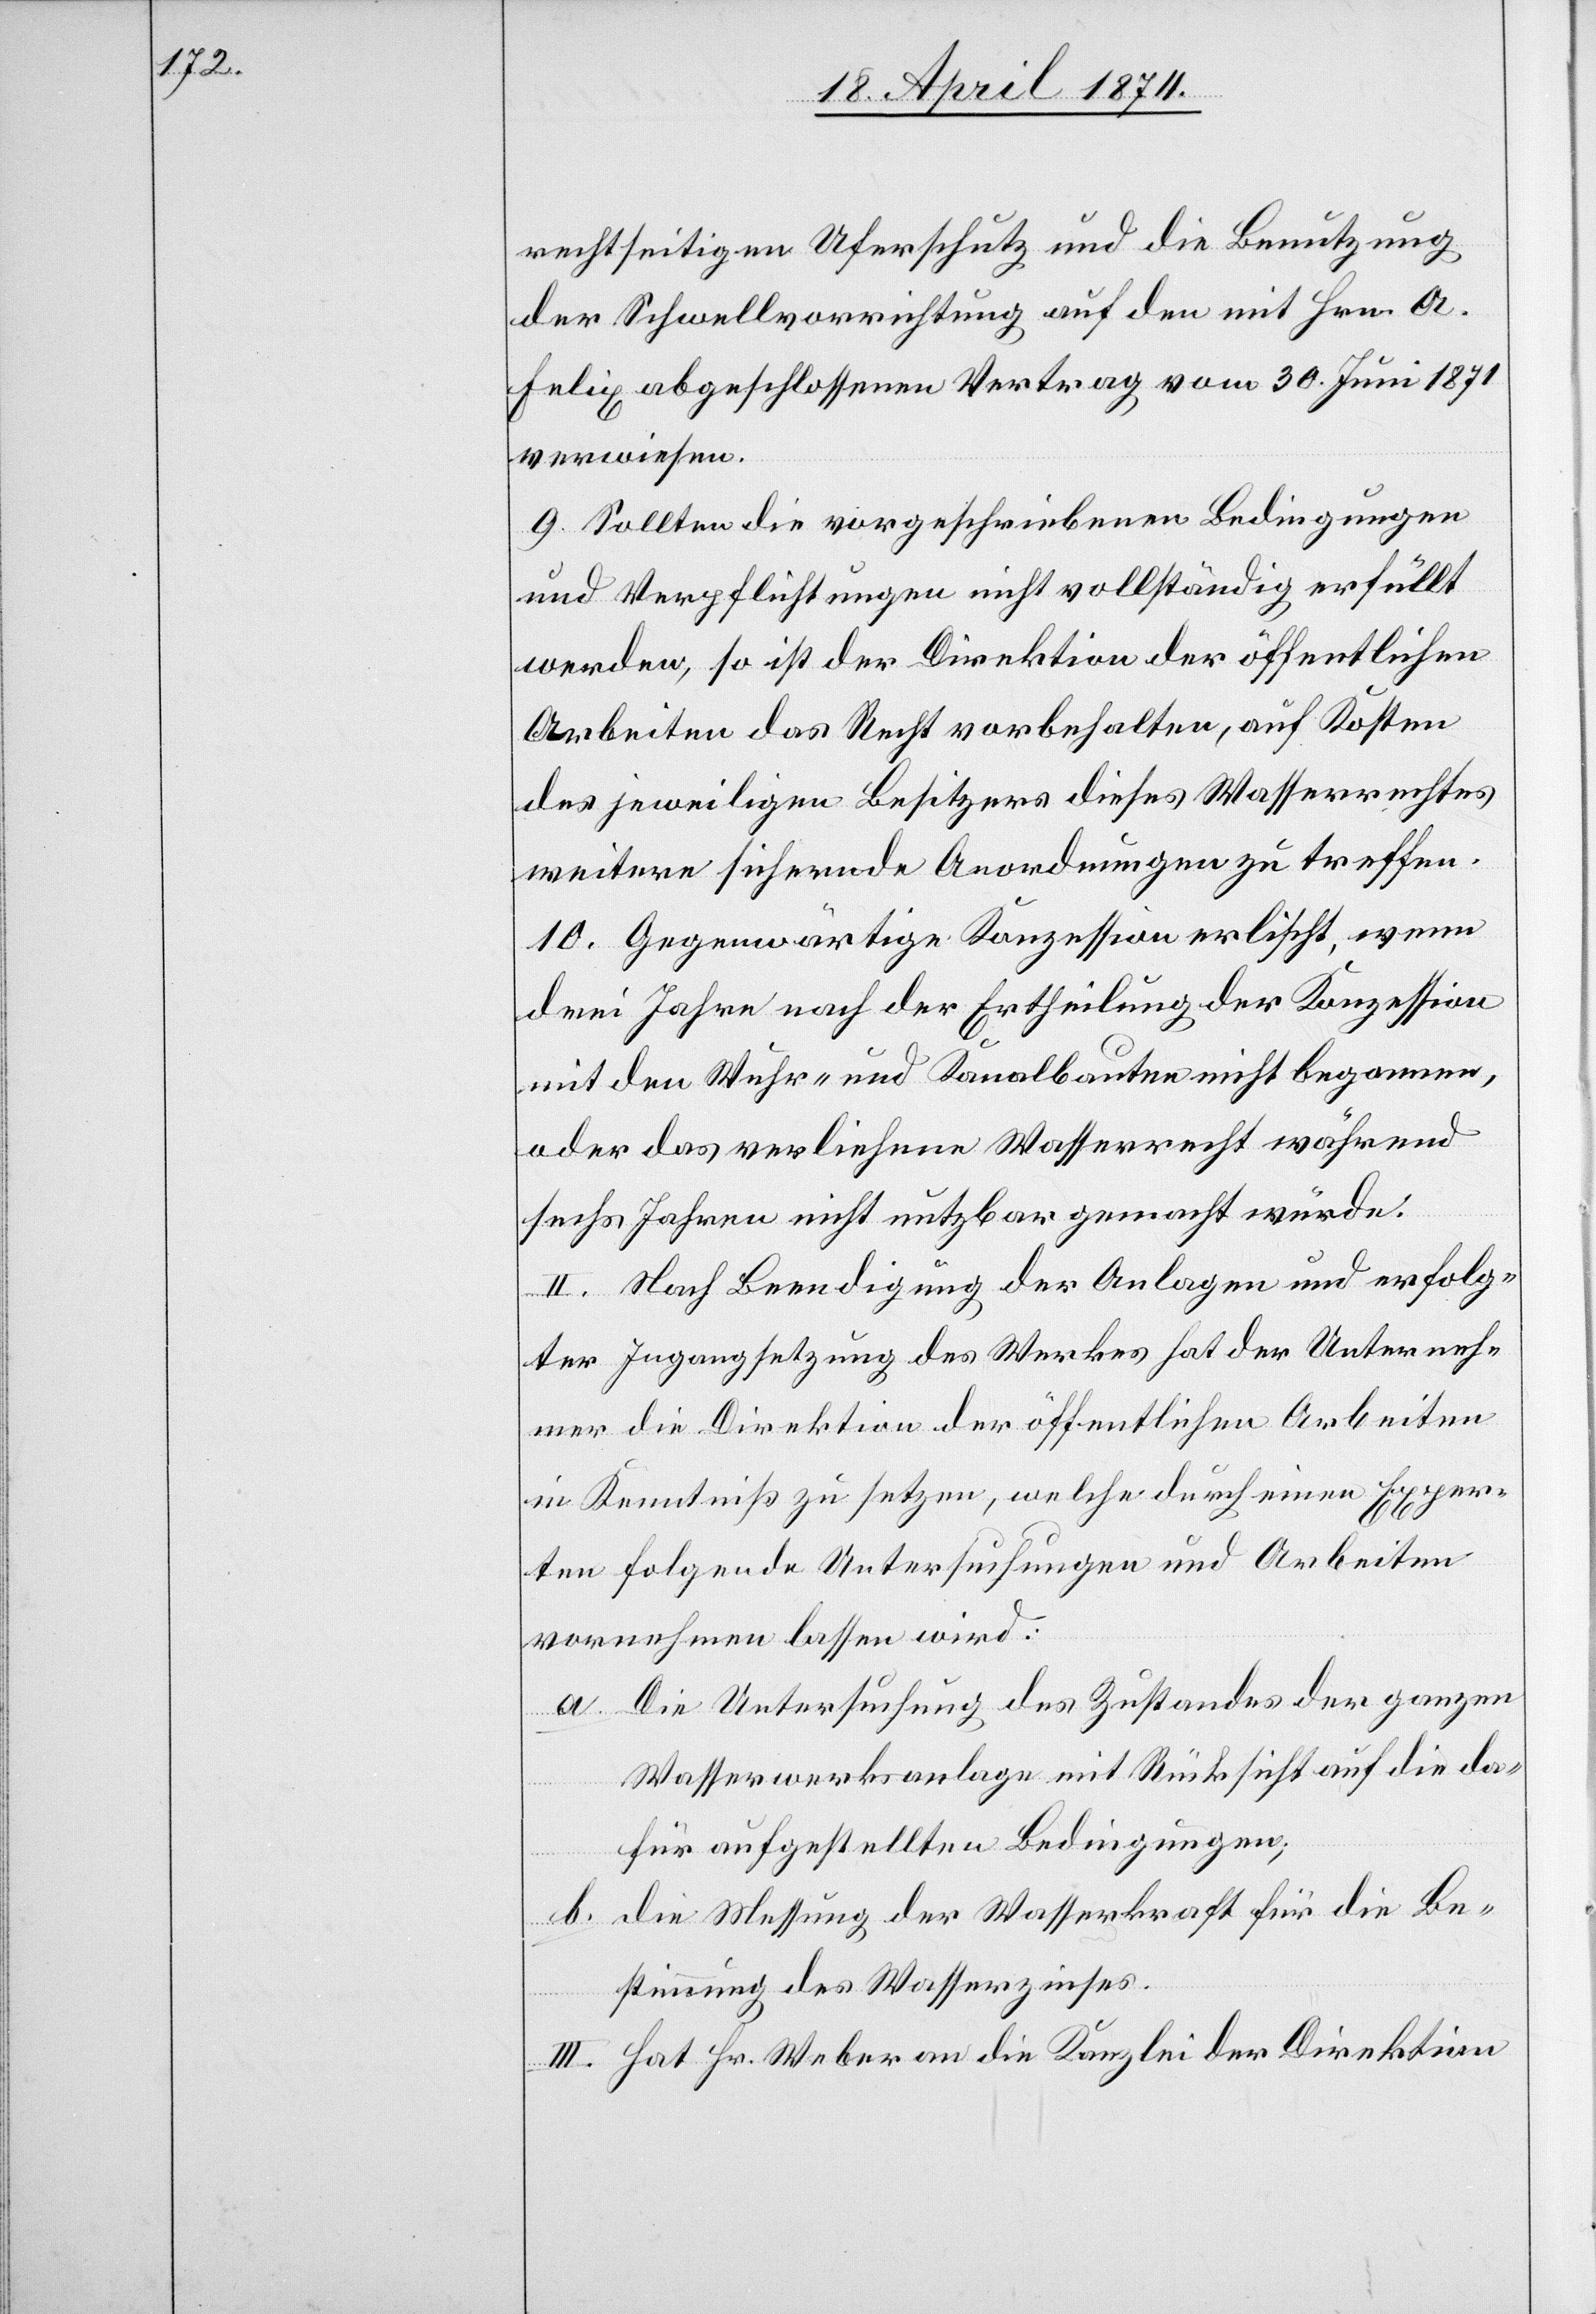
rechtseitigen Uferschutz und die Benutzung
der Schwellvorrichtung auf den mit Hrn. A.
Felix abgeschlossenen Vertrag vom 30. Juni 1871
verwiesen.
9. Sollten die vorgeschriebenen Bedingungen
und Verpflichtungen nicht vollständig erfüllt
werden, so ist der Direktion der öffentlichen
Arbeiten das Recht vorbehalten, auf Kosten
des jeweiligen Besitzers dieses Wasserrechtes
weitere sichernde Anordnungen zu treffen.
10. Gegenwärtige Konzession erlischt, wenn
drei Jahre nach der Ertheilung der Konzession
mit den Wuhr- und Kanalbauten nicht begonnen,
oder das verbliebene Wasserrecht während
sechs Jahren nicht nutzbar gemacht würde.
II. Nach Beendigung der Anlagen und erfolg¬
ter Ingangsetzung des Werkes hat der Unterneh¬
mer die Direktion der öffentlichen Arbeiten
in Kenntniß zu setzen, welche durch einen Exper¬
ten folgende Untersuchungen und Arbeiten
vornehmen lassen wird:
a. Die Untersuchung des Zustandes der ganzen
Wasserwerksanlage mit Rücksicht auf die da¬
für aufgestellten Bedingungen;
b. die Messung der Wasserkraft für die Be¬
stimmung des Wasserzinses.
III. Hat Hr. Weber an die Kanzlei der Direktion